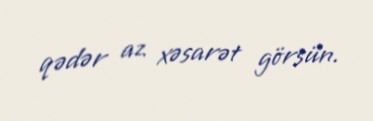
qədər az xəsarət görsün.